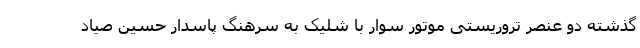
گذشته دو عنصر تروریستی موتور سوار با شلیک به سرهنگ پاسدار حسین صیاد